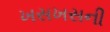
ખસખસની